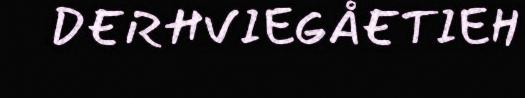
DERHVIEGÅETIEH